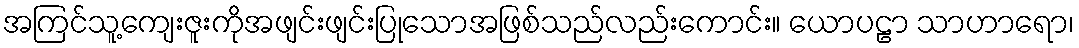
အကြင်သူ့ကျေးဇူးကိုအဖျင်းဖျင်းပြုသောအဖြစ်သည်လည်းကောင်း။ ယောပဠာ သာဟာရော၊